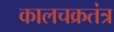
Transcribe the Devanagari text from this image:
कालचक्रतंत्र